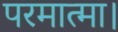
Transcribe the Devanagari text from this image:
परमात्मा।